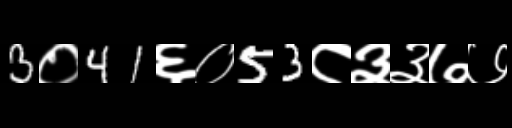
Text: 3०41६०53८३३७७